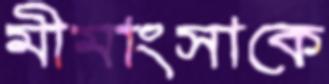
মীমাংসাকে